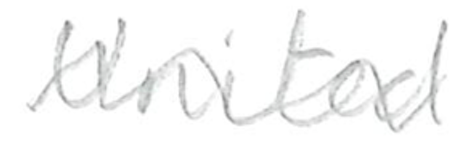
Text: United
Cross-out: wave
Writing tool: pencil